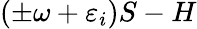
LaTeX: (\pm\omega+\varepsilon_{i})S-H